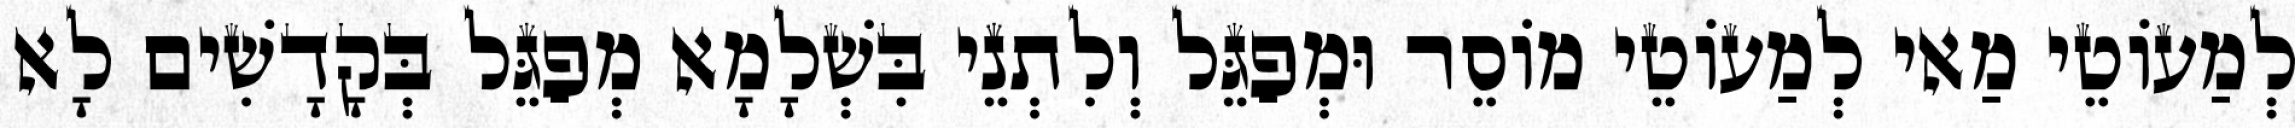
לְמַעוֹטֵי מַאי לְמַעוֹטֵי מוֹסֵר וּמְפַגֵּל וְלִתְנֵי בִּשְׁלָמָא מְפַגֵּל בְּקָדָשִׁים לָא